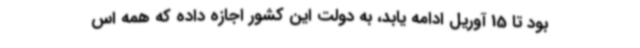
بود تا 15 آوریل ادامه یابد، به دولت این کشور اجازه داده که همه اس